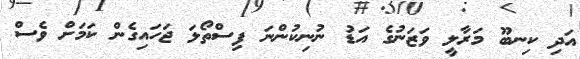
އަދި ކިނބޫ މަރާލީ ވަޒަނުގެ އަޑު ނުނިކުންނަ ފިސްތޯލަ ޖަހައިގެން ކަމަށް ވެސް